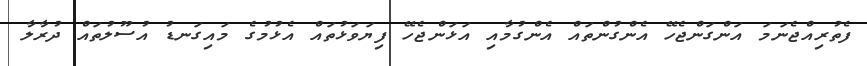
ފެތުރިއްޖެނަމަ އަންގަންޖެހޭ އެންގުންތައް އެންގުމާއި އަޅަންޖެހޭ ފިޔަވަޅުތައް އެޅުމުގެ މައިގަނޑު އުސޫލުތައް ދުރާލާ